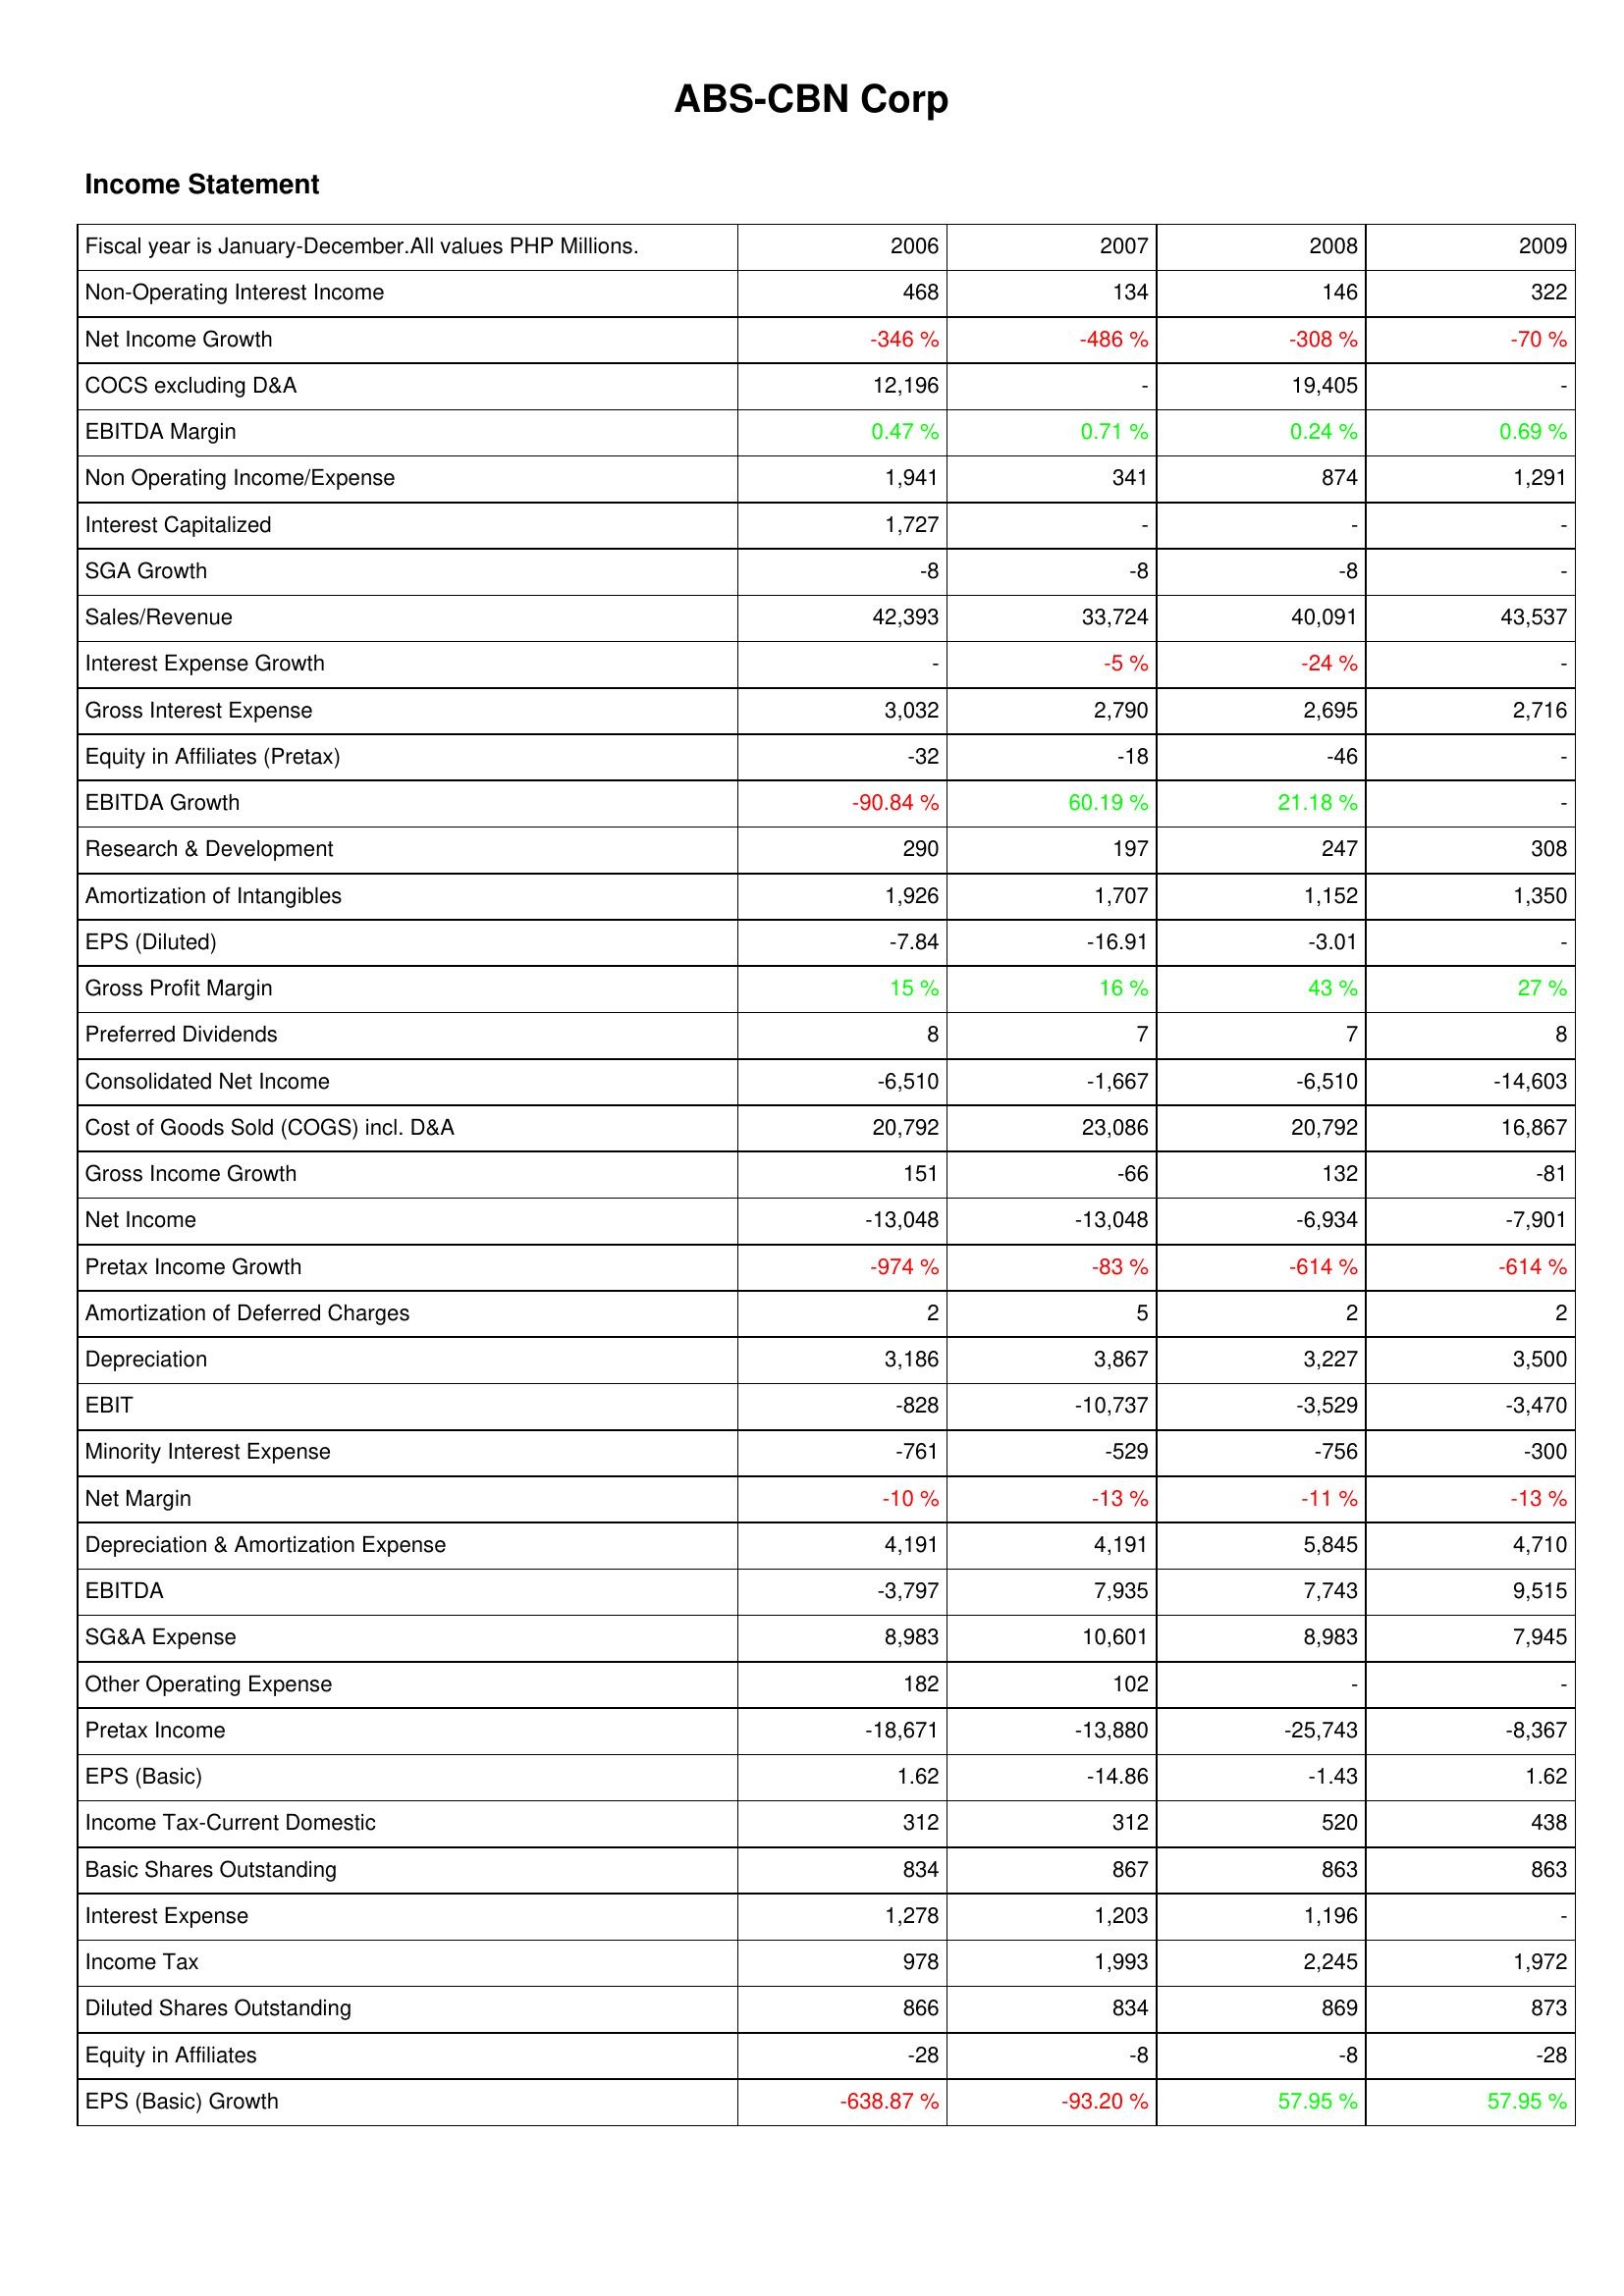
2006: Income Statement: Non-Operating Interest Income: 468
Net Income Growth: -346 %
COCS excluding D&A: 12,196
EBITDA Margin: 0.47 %
Non Operating Income/Expense: 1,941
Interest Capitalized: 1,727
SGA Growth: -8
Sales/Revenue: 42,393
Interest Expense Growth: -
Gross Interest Expense: 3,032
Equity in Affiliates (Pretax): -32
EBITDA Growth: -90.84 %
Research & Development: 290
Amortization of Intangibles: 1,926
EPS (Diluted): -7.84
Gross Profit Margin: 15 %
Preferred Dividends: 8
Consolidated Net Income: -6,510
Cost of Goods Sold (COGS) incl. D&A: 20,792
Gross Income Growth: 151
Net Income: -13,048
Pretax Income Growth: -974 %
Amortization of Deferred Charges: 2
Depreciation: 3,186
EBIT: -828
Minority Interest Expense: -761
Net Margin: -10 %
Depreciation & Amortization Expense: 4,191
EBITDA: -3,797
SG&A Expense: 8,983
Other Operating Expense: 182
Pretax Income: -18,671
EPS (Basic): 1.62
Income Tax-Current Domestic: 312
Basic Shares Outstanding: 834
Interest Expense: 1,278
Income Tax: 978
Diluted Shares Outstanding: 866
Equity in Affiliates: -28
EPS (Basic) Growth: -638.87 %
2007: Income Statement: Non-Operating Interest Income: 134
Net Income Growth: -486 %
COCS excluding D&A: -
EBITDA Margin: 0.71 %
Non Operating Income/Expense: 341
Interest Capitalized: -
SGA Growth: -8
Sales/Revenue: 33,724
Interest Expense Growth: -5 %
Gross Interest Expense: 2,790
Equity in Affiliates (Pretax): -18
EBITDA Growth: 60.19 %
Research & Development: 197
Amortization of Intangibles: 1,707
EPS (Diluted): -16.91
Gross Profit Margin: 16 %
Preferred Dividends: 7
Consolidated Net Income: -1,667
Cost of Goods Sold (COGS) incl. D&A: 23,086
Gross Income Growth: -66
Net Income: -13,048
Pretax Income Growth: -83 %
Amortization of Deferred Charges: 5
Depreciation: 3,867
EBIT: -10,737
Minority Interest Expense: -529
Net Margin: -13 %
Depreciation & Amortization Expense: 4,191
EBITDA: 7,935
SG&A Expense: 10,601
Other Operating Expense: 102
Pretax Income: -13,880
EPS (Basic): -14.86
Income Tax-Current Domestic: 312
Basic Shares Outstanding: 867
Interest Expense: 1,203
Income Tax: 1,993
Diluted Shares Outstanding: 834
Equity in Affiliates: -8
EPS (Basic) Growth: -93.20 %
2008: Income Statement: Non-Operating Interest Income: 146
Net Income Growth: -308 %
COCS excluding D&A: 19,405
EBITDA Margin: 0.24 %
Non Operating Income/Expense: 874
Interest Capitalized: -
SGA Growth: -8
Sales/Revenue: 40,091
Interest Expense Growth: -24 %
Gross Interest Expense: 2,695
Equity in Affiliates (Pretax): -46
EBITDA Growth: 21.18 %
Research & Development: 247
Amortization of Intangibles: 1,152
EPS (Diluted): -3.01
Gross Profit Margin: 43 %
Preferred Dividends: 7
Consolidated Net Income: -6,510
Cost of Goods Sold (COGS) incl. D&A: 20,792
Gross Income Growth: 132
Net Income: -6,934
Pretax Income Growth: -614 %
Amortization of Deferred Charges: 2
Depreciation: 3,227
EBIT: -3,529
Minority Interest Expense: -756
Net Margin: -11 %
Depreciation & Amortization Expense: 5,845
EBITDA: 7,743
SG&A Expense: 8,983
Other Operating Expense: -
Pretax Income: -25,743
EPS (Basic): -1.43
Income Tax-Current Domestic: 520
Basic Shares Outstanding: 863
Interest Expense: 1,196
Income Tax: 2,245
Diluted Shares Outstanding: 869
Equity in Affiliates: -8
EPS (Basic) Growth: 57.95 %
2009: Income Statement: Non-Operating Interest Income: 322
Net Income Growth: -70 %
COCS excluding D&A: -
EBITDA Margin: 0.69 %
Non Operating Income/Expense: 1,291
Interest Capitalized: -
SGA Growth: -
Sales/Revenue: 43,537
Interest Expense Growth: -
Gross Interest Expense: 2,716
Equity in Affiliates (Pretax): -
EBITDA Growth: -
Research & Development: 308
Amortization of Intangibles: 1,350
EPS (Diluted): -
Gross Profit Margin: 27 %
Preferred Dividends: 8
Consolidated Net Income: -14,603
Cost of Goods Sold (COGS) incl. D&A: 16,867
Gross Income Growth: -81
Net Income: -7,901
Pretax Income Growth: -614 %
Amortization of Deferred Charges: 2
Depreciation: 3,500
EBIT: -3,470
Minority Interest Expense: -300
Net Margin: -13 %
Depreciation & Amortization Expense: 4,710
EBITDA: 9,515
SG&A Expense: 7,945
Other Operating Expense: -
Pretax Income: -8,367
EPS (Basic): 1.62
Income Tax-Current Domestic: 438
Basic Shares Outstanding: 863
Interest Expense: -
Income Tax: 1,972
Diluted Shares Outstanding: 873
Equity in Affiliates: -28
EPS (Basic) Growth: 57.95 %